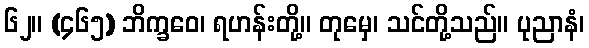
၆၂။ (၄၆၅) ဘိက္ခဝေ၊ ရဟန်းတို့။ တုမှေ၊ သင်တို့သည်။ ပုညာနံ၊